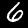
Digit: 6